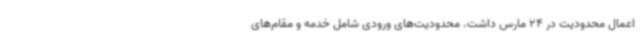
اعمال محدودیت در 24 مارس داشت. محدودیت‌های ورودی شامل خدمه و مقام‌های